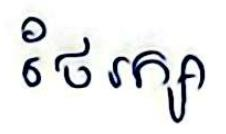
ថែរក្សា